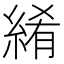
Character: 𬗤